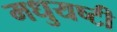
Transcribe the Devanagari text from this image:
मधुयष्‍टी